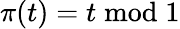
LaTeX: \pi(t)=t{\bmod{1}}